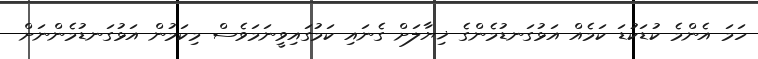
ހަމަ އެންމެ ކުޑަކުޑަ ކަމެއް އަޅުގަނޑުމެންގެ ޚިޔާލަށް ގެނައި ކަމުގައިވީނަމަވެސް މިކަމުން އަޅުގަނޑުމެންނަށް